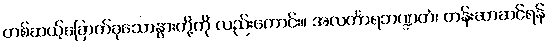
တစ်ဆယ့်ခြောက်ခုသောနွားတို့ကို လည်းကောင်း။ အလင်္ကာရဘဏ္ဍတံ၊ တန်းဆာဆင်ရန်